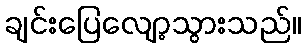
ချင်းပြေလျော့သွားသည်။